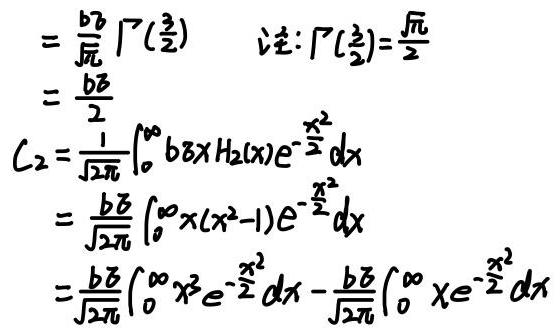
\(&=\frac{b\beta}{\sqrt{\pi}}\Gamma(\frac{3}{2})\quad \)注\(:\Gamma(\frac{3}{2})=\frac{\sqrt{\pi}}{2}\)\\
\(&=\frac{b\beta}{2}\)\\
\(C_2&=\frac{1}{\sqrt{2\pi}}\int_{0}^{\infty}b\beta xH_2(x)e^{-\frac{x^2}{2}}dx\)\\
\(&=\frac{b\beta}{\sqrt{2\pi}}\int_{0}^{\infty}x(x^2 - 1)e^{-\frac{x^2}{2}}dx\)\\
\(&=\frac{b\beta}{\sqrt{2\pi}}\int_{0}^{\infty}x^3e^{-\frac{x^2}{2}}dx-\frac{b\beta}{\sqrt{2\pi}}\int_{0}^{\infty}xe^{-\frac{x^2}{2}}dx\)